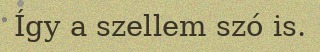
Így a szellem szó is.